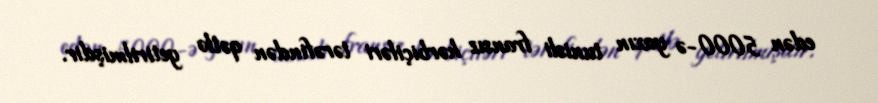
edən 5000-ə yaxın tunisli fransız hərbiçiləri tərəfindən qətlə yetirilmişdir.